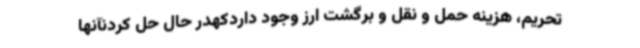
تحریم، هزینه حمل و نقل و برگشت ارز وجود داردکهدر حال حل کردنآنها